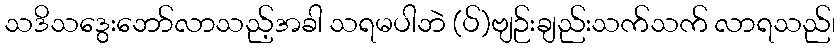
သဒိသဒွေးဘော်လာသည့်အခါ သရမပါဘဲ (ပ်)ဗျဉ်းချည်းသက်သက် လာရသည်၊